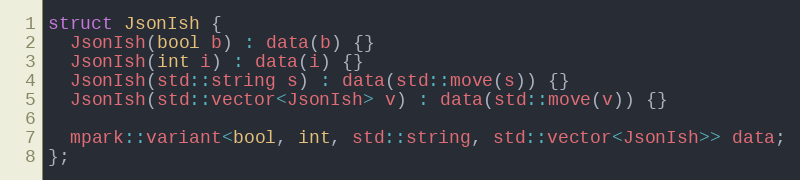
Language: C++
struct JsonIsh {
  JsonIsh(bool b) : data(b) {}
  JsonIsh(int i) : data(i) {}
  JsonIsh(std::string s) : data(std::move(s)) {}
  JsonIsh(std::vector<JsonIsh> v) : data(std::move(v)) {}

  mpark::variant<bool, int, std::string, std::vector<JsonIsh>> data;
};